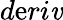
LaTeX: d\mathrm{e}ri\mathit{v}